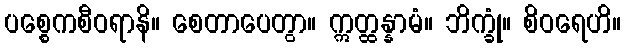
ပစ္စေကစီဝရာနိ။ စေတာပေတွာ။ ဣတ္ထန္နာမံ။ ဘိက္ခုံ။ စိဝရေဟိ။